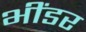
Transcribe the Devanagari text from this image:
भींडर